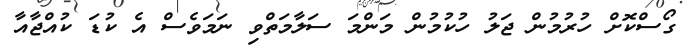
ގޯސްކޮށް ހުރުމުން ޖަލު ހުކުމުން މަންމަ ސަލާމަތްވި ނަމަވެސް އެ ކުޑަ ކުއްޖާއާ